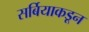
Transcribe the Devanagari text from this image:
सर्बियाकडून